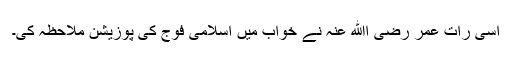
اسی رات عمر رضی اﷲ عنہ نے خواب میں اسلامی فوج کی پوزیشن ملاحظہ کی۔